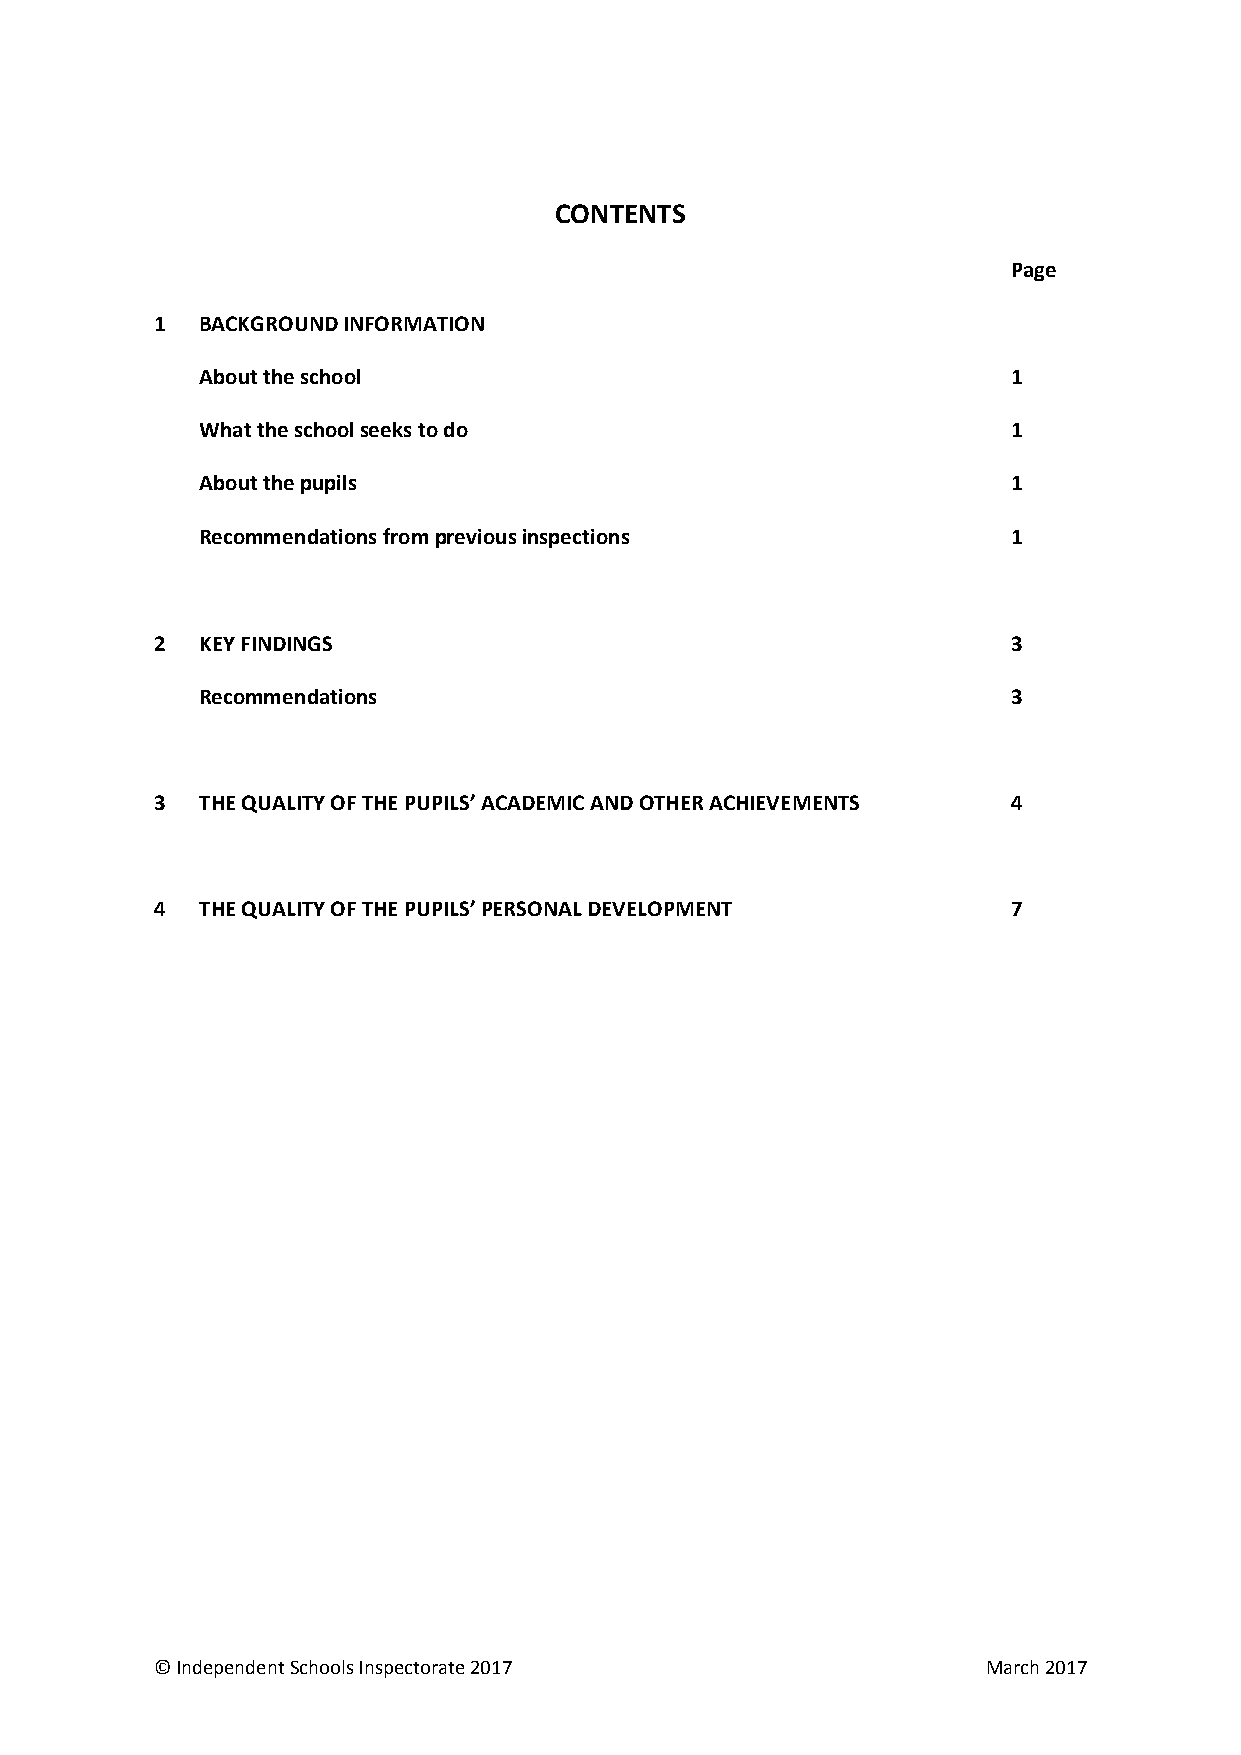
CONTENTS
 Page
 1  BACKGROUND INFORMATION
 About the school                                      1
 What the school seeks to do                           1
 About the pupils                                      1
 Recommendations from previous inspections             1
 2  KEY FINDINGS                                          3
 Recommendations                                       3
 3  THE QUALITY OF THE PUPILS’ ACADEMIC AND OTHER ACHIEVEMENTS 4
 4  THE QUALITY OF THE PUPILS’ PERSONAL DEVELOPMENT       7
 © Independent Schools Inspectorate 2017                March 2017